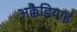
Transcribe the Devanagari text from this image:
अक्कैडियाई